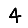
Digit: 4